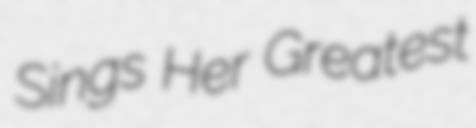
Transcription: Sings Her Greatest